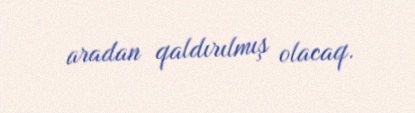
aradan qaldırılmış olacaq.